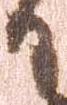
日